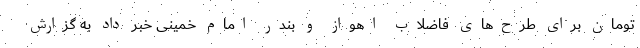
تومان برای طرح‌های فاضلاب اهواز و بندر امام خمینی خبر داد به گزارش